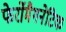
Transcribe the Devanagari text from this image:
फेर्रोमैगनेटिक